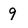
Character: 9